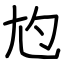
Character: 尥